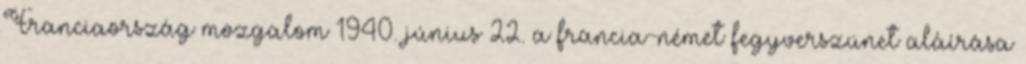
Franciaország mozgalom 1940. június 22. a francia-német fegyverszünet aláírása